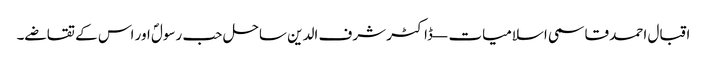
اقبال احمد قاسمی اسلامیات — ڈاکٹر شرف الدین ساحل حب رسولؐ اور اس کے تقاضے۔